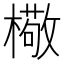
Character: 㯳